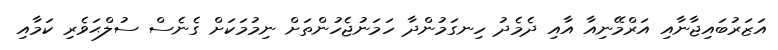
އަޒަރުބައިޖާނާއި އަރްމޭނިއާ އާއި ދެމެދު ހިނގަމުންދާ ހަމަނުޖެހުންތަށް ނިމުމަކަށް ގެނެސް ސުލްޙަވެރި ކަމާއި